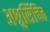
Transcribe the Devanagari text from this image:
अश्रुसिंचित